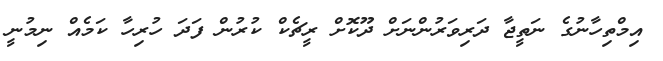
އިމްތިހާނުގެ ނަތީޖާ ދަރިވަރުންނަށް ދޫކޮށް ރީޗެކް ކުރުން ފަދަ ހުރިހާ ކަމެއް ނިމުނީ